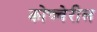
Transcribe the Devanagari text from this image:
कोच्चेरील